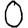
Digit: 0